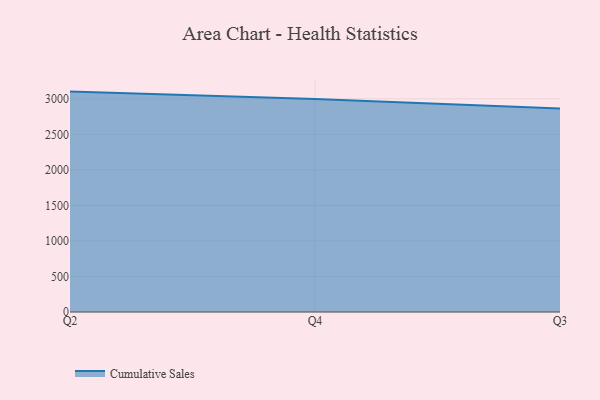
{"axis": {"x": "Quarter", "y": "Latency (ms)"}, "legend": ["Cumulative Sales"], "data": [{"x": "Q2", "y": 3101.4, "type": "Cumulative Sales"}, {"x": "Q4", "y": 2995.8, "type": "Cumulative Sales"}, {"x": "Q3", "y": 2863.6, "type": "Cumulative Sales"}]}